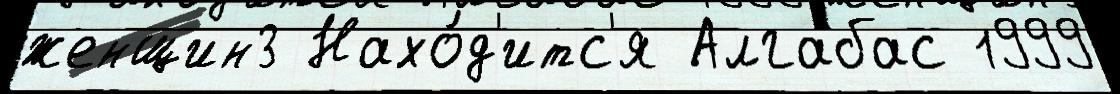
женщин3 Нахо́д'итс'я Алгабас 1999